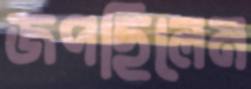
জপছিলেম